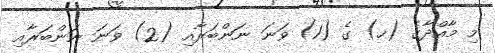
މި މާއްދާގެ (ހ) ގެ (1) ވަނަ ނަންބަރާއި (2) ވަނަ ނަންބަރާއި